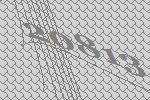
20813